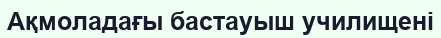
Ақмоладағы бастауыш училищені